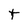
Character: t